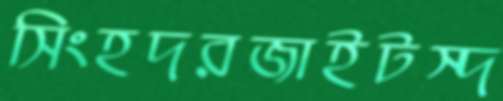
সিংহদরজাইটস্দ